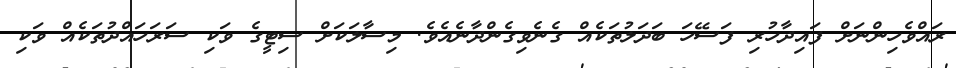
ރައްވެހިންނަށް ފައިދާހުރި ފަސޭހަ ބަދަލުތަކެއް ގެނެވިގެންދާނެއެވެ. މިސާލަކަށް ސިޓީގެ ވަކި ސަރަހައްދުތަކެއް ވަކި